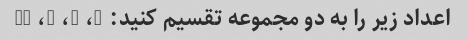
اعداد زیر را به دو مجموعه تقسیم کنید: 3، 5، 7، 11